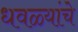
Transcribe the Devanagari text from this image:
धवळ्यांचे